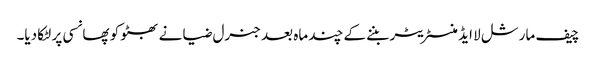
چیف مارشل لا ایڈمنسٹریٹر بننے کے چند ماہ بعد جنرل ضیا نے بھٹو کو پھانسی پر لٹکا دیا۔